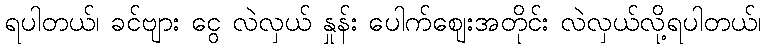
ရပါတယ်၊ ခင်ဗျား ငွေ လဲလှယ် နှုန်း ပေါက်ဈေးအတိုင်း လဲလှယ်လို့ရပါတယ်၊